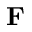
\mathbf { F }